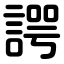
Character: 諤